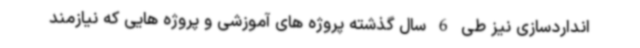
انداردسازی نیز طی 6 سال گذشته پروژه های آموزشی و پروژه هایی که نیازمند